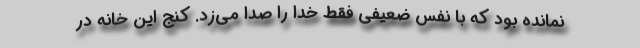
نمانده بود که با نفس ضعیفی فقط خدا را صدا می‌زد. کنج این خانه در